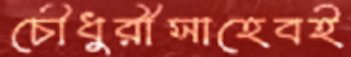
চৌধুরীসাহেবই